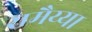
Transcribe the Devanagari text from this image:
रामैय्या